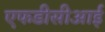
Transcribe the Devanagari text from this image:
एफडीसीआई